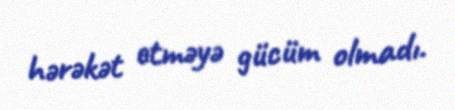
hərəkət etməyə gücüm olmadı.